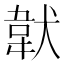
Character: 𩎓